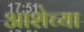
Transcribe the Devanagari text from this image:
आशेच्या